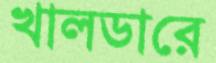
খালডারে